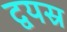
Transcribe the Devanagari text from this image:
द्वयस्र